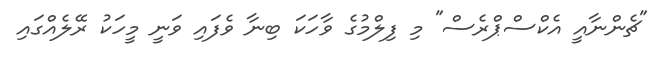
"ޗެންނާއީ އެކްސްޕްރެސް" މި ފިލްމުގެ ވާހަކަ ބިނާ ވެފައި ވަނީ މީހަކު ރޭލެއްގައި